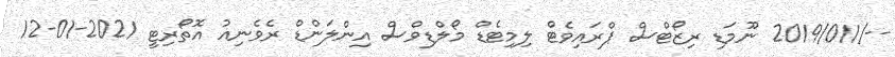
--/2019/011 ނޫމަޑި ރިޒޯޓްސް ޕްރައިވެޓް ލިމިޓެޑް މޯލްޑިވްސް އިންލަންޑް ރެވެނިއު އޮތޯރިޓީ 2021-01-12